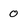
Character: 0